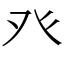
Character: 癶